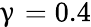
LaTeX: \upgamma=0.4